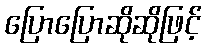
ပြောပြောဆိုဆိုဖြင့်